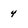
Character: 4